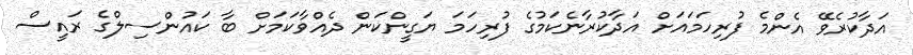
އަދާކުރެވޭ އެންމެ ފުރިހަމައަށް އަދާކުރާނެކަމުގެ ފުރިހަމަ ޔަގީންކަން ދެއްވާކަމަށް ބާ ކައުންސިލްގެ ރައީސް